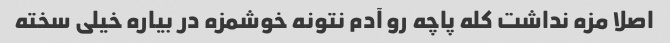
اصلا مزه نداشت کله پاچه رو آدم نتونه خوشمزه در بیاره خیلی سخته